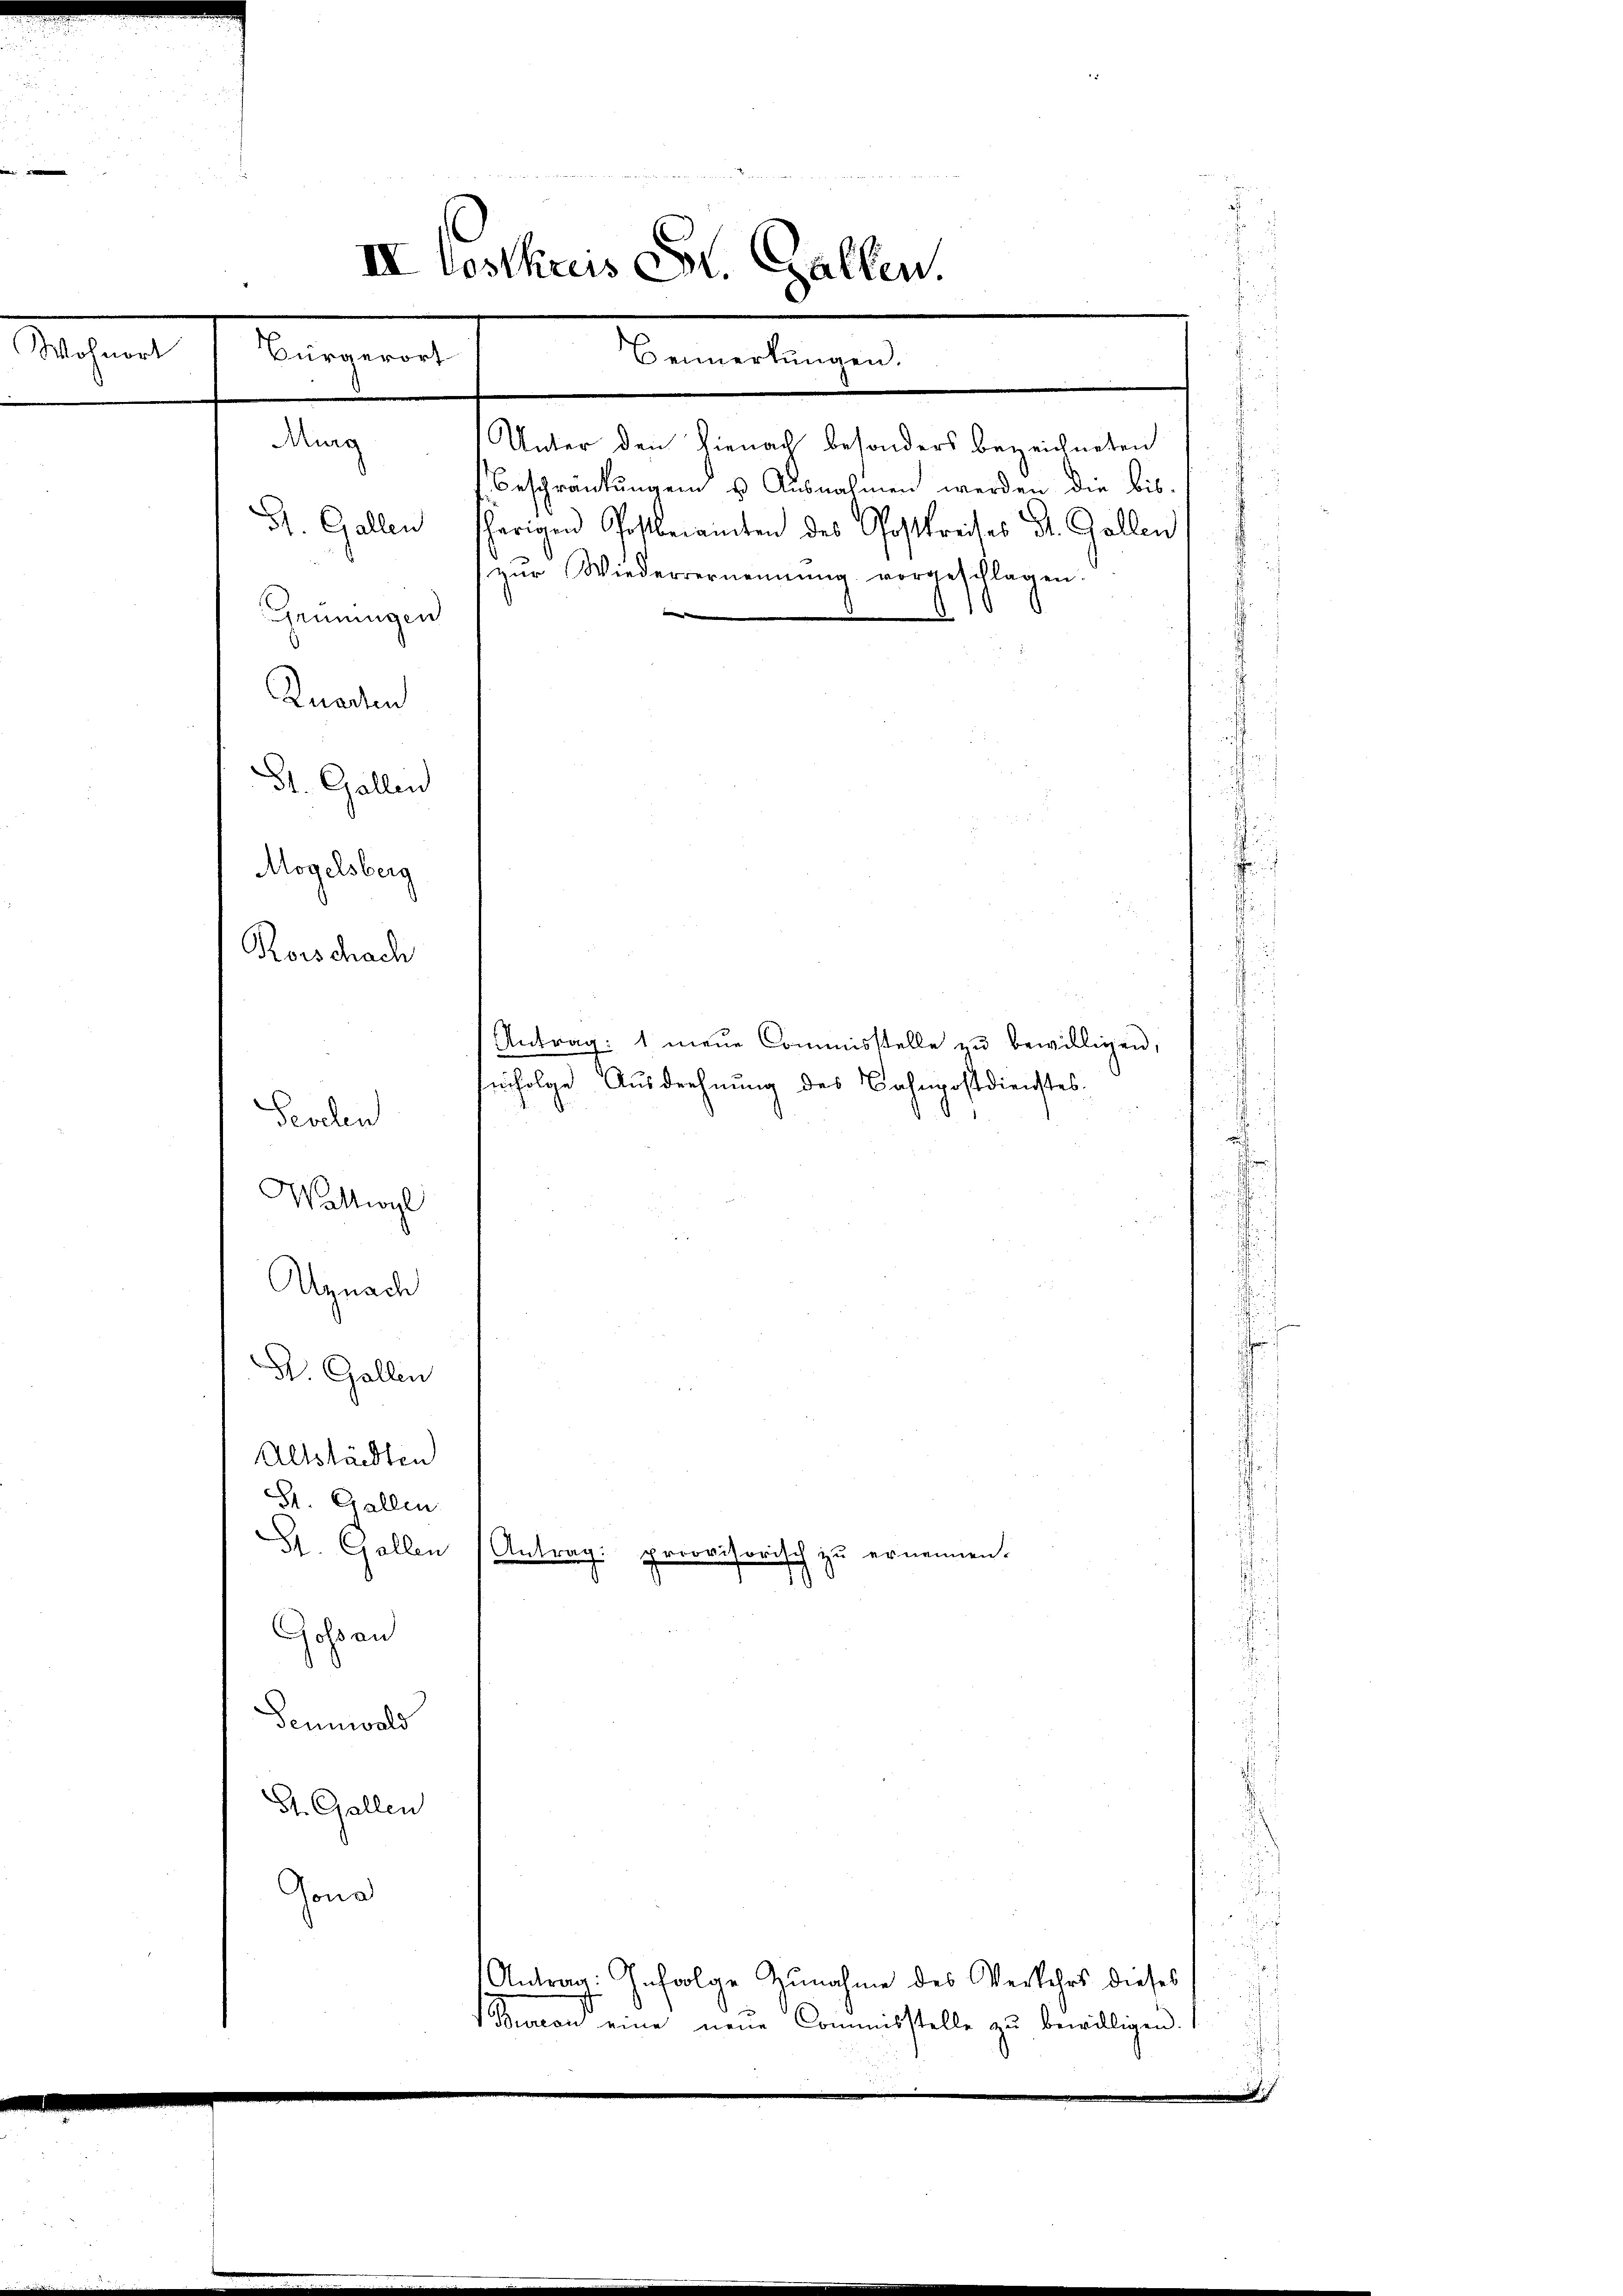
II Costkreis St. Gallen.
Wohnort
Bürgerort
Bemerkungen.

Murg
St. Gallen
Grüningen
Knaden
St. Gallen
Mogelsberg
Rorschach

Peschen
Wattwyl

Unter den hienach besonders bezeichneten

Antrag: 1 neŭe Commisstelle zu bewilligen,
infolge Ausdehnung des Bahnpostdienstes.
Agnach
St. Gallen
Altstädten
St. Gallen
St. Gallen Antrag: provisorisch zu ernennen.
Gossau
Sennwald
St. Gallen
Gona
Antrag: Infolge Zunahme des Verkehrs dieses
Bunion eine neue Commisstelle zu bewilligen.

Beschränkungen u. Ausnahmen werden die bis-
herigen Postberamten des Postkreises St. Gallen
zŭr Wiedervernennung vorgeschlagen.
1